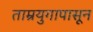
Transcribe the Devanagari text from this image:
ताम्रयुगापासून